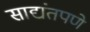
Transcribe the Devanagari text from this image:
साद्यंतपणे